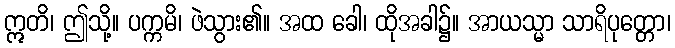
ဣတိ၊ ဤသို့။ ပက္ကမိ၊ ဖဲသွား၏။ အထ ခေါ၊ ထိုအခါ၌။ အာယသ္မာ သာရိပုတ္တော၊